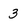
Character: 3